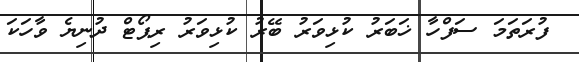
ފުރަތަމަ ސަފްހާ ޚަބަރު ކުޅިވަރު ބޭރު ކުޅިވަރު ރިޕޯޓް ދުނިޔެ ވާހަކަ